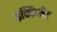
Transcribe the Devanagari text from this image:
इक्विप्मेंट